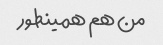
من هم همینطور